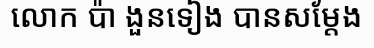
លោក ប៉ា ងួនទៀង បានសម្តែង